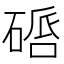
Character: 𥔠